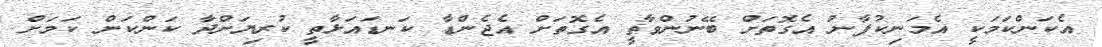
އެކަންކަމަކީ އެމަނިކުފާނު އެގޮތަށް ބޭނުންވާތީ އެގޮތަށް އެޖެންޑާ ކަނޑައަޅާތީ ކުރިޔަށްދާ ކަންކަން ކަމަށް